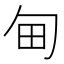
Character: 甸